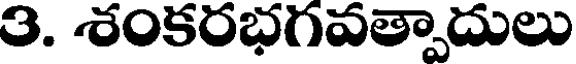
3. శంకరభగవత్పాదులు